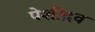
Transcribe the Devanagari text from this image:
पेशीद्रव